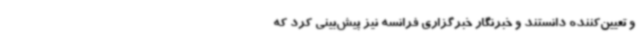
و تعیین‌کننده دانستند و خبرنگار خبرگزاری فرانسه نیز پیش‌بینی کرد که